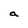
Character: a